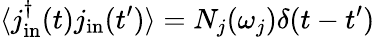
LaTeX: \langle j_{\mathrm{in}}^{\dagger}(t)j_{\mathrm{in}}(t^{\prime})\rangle=N_{j}(\omega_{j})\delta(t-t^{\prime})